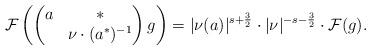
LaTeX: \begin{align*} \mathcal{F} \left( \begin{pmatrix} a & * \\ & \nu \cdot (a^*)^{-1} \end{pmatrix} g \right) = |\nu(a)|^{s + \frac{3}{2}} \cdot |\nu|^{-s - \frac{3}{2}} \cdot \mathcal{F}(g).\end{align*}